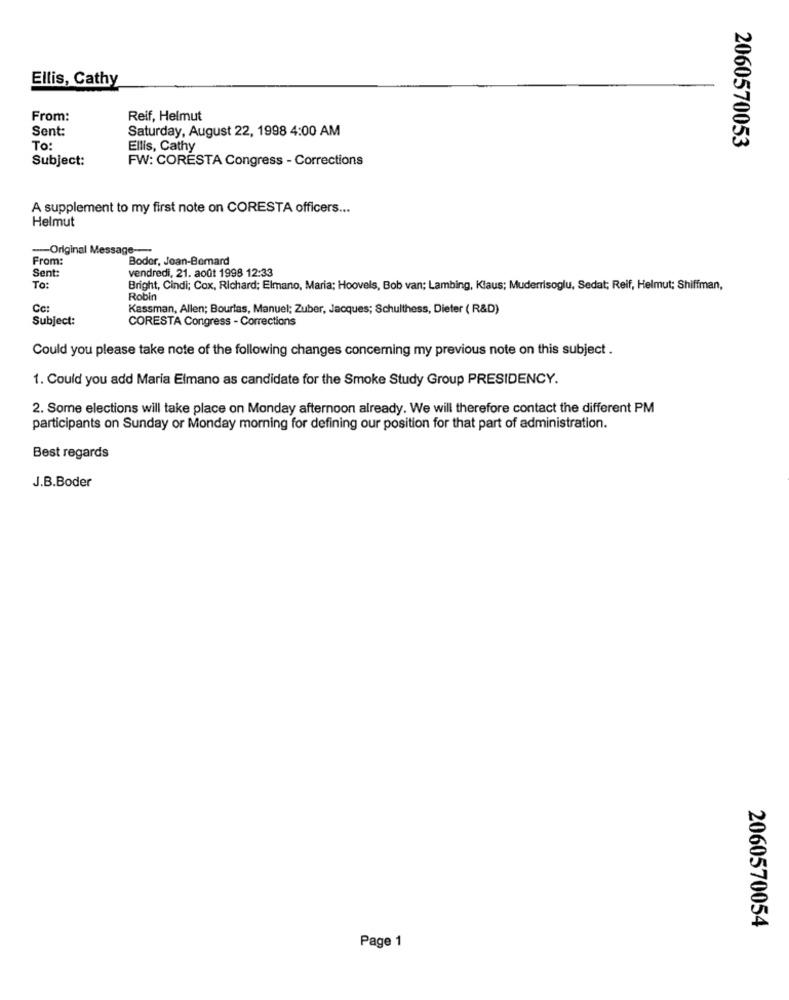
Ellis, Cathy
From:
Reif, Helmut
Sent:
Saturday, August 22, 1998 4:00 AM
2060570053
To
Ellis, Cathy
Subject:
FW: CORESTA Congress - Corrections
A supplement to my first note on CORESTA officers ...
Helmut
-- Original Message --
From:
Bodor, Jean-Bernard
Sent:
vendredi, 21. août 1998 12:33
To:
Bright, Cindi; Cox, Richard; Elmano, Maria; Hoovels, Bob van; Lambing, Klaus; Muderrisoglu, Sedat; Reif, Helmut; Shiffman,
Robin
Ca:
Kassman, Allen; Bourlas, Manuel; Zuber, Jacques; Schulthess, Dieter ( R&D)
Subject:
CORESTA Congress - Corrections
Could you please take note of the following changes concerning my previous note on this subject .
1. Could you add Maria Elmano as candidate for the Smoke Study Group PRESIDENCY.
2. Some elections will take place on Monday afternoon already. We will therefore contact the different PM
participants on Sunday or Monday morning for defining our position for that part of administration.
Best regards
J.B.Boder
2060570054
Page 1